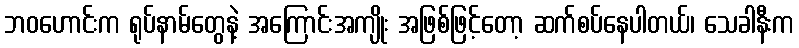
ဘဝဟောင်းက ရုပ်နာမ်တွေနဲ့ အကြောင်းအကျိုး အဖြစ်ဖြင့်တော့ ဆက်စပ်နေပါတယ်၊ သေခါနီးက